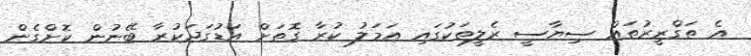
އެ ތަގްރީރުތައް ސިޔާސީ ރެލީތަކުގައި އަމަލު ކުރާ ގޮތަށް އަޑުގަދަކުރާ ބޭނުން ކޮށްގެން